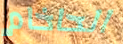
الحاخام